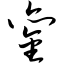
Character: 銮